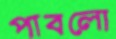
পাবলো